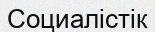
Социалістік